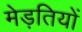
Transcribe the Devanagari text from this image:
मेड़तियों